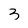
Character: 3